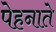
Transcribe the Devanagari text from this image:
पेहनाते